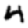
Digit: 4